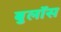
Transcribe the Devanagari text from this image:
बुलॉस